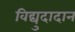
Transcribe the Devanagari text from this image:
विद्युदादान